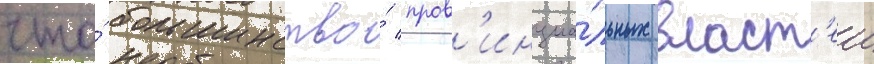
что́ большинство́ пров'инциа́льных власт'еи